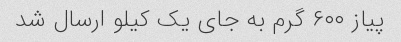
پیاز ۶۰۰ گرم به جای یک کیلو ارسال شد